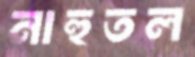
নাহুতল